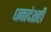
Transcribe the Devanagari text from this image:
धनादेशही